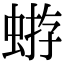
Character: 𧌕